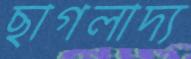
ছাগলাদ্য